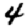
Digit: 4